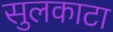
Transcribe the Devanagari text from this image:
सुलकाटा